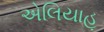
એલિયાહૂ